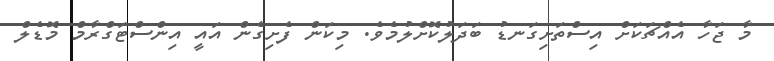
މާ ޖަހާ އެއްޗަކަށް އިސްތަށިގަނޑު ބަދަލުކޮށްލުމެވެ. މިކަން ފެށިގެން އައީ އިންސްޓަގްރާމް މޮޑެލް